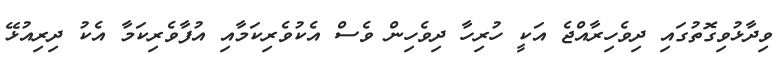
ވިދާޅުވިގޮތުގައި ދިވެހިރާއްޖެ އަކީ ހުރިހާ ދިވެހިން ވެސް އެކުވެރިކަމާއި އުފާވެރިކަމާ އެކު ދިރިއުޅޭ